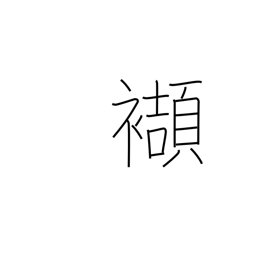
Meaning: tuck into one's obi